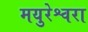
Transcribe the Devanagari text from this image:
मयुरेश्वरा